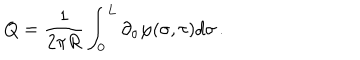
Q = \frac { 1 } { 2 \pi R } \int _ { 0 } ^ { L } \partial _ { \sigma } \varphi ( \sigma , \tau ) d \sigma \, .